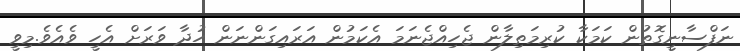
ނަފްސާނީގޮތުން ކަމަކާ ކުރިމަތިލާން ޖެހިއްޖެނަމަ އެކަމުން އަރައިގަންނަން ހުދާ ވަރަށް އެހީ ވެއެވެ.މިވީ